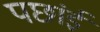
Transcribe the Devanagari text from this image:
पछांई